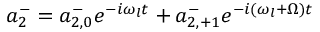
a _ { 2 } ^ { - } = a _ { 2 , 0 } ^ { - } e ^ { - i \omega _ { l } t } + a _ { 2 , + 1 } ^ { - } e ^ { - i ( \omega _ { l } + \Omega ) t }